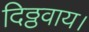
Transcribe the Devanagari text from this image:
दिठ्ठवाय।